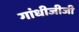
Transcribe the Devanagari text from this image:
गांधीजीजी